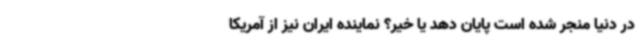
در دنیا منجر شده است پایان دهد یا خیر؟ نماینده ایران نیز از آمریکا